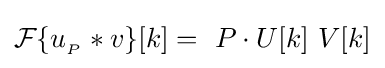
{\mathcal {F}}\{u_{_{P}}*v\}[k]=\ P\cdot U[k]\ V[k]